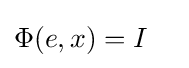
\Phi (e,x)=I\quad